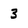
Character: 3